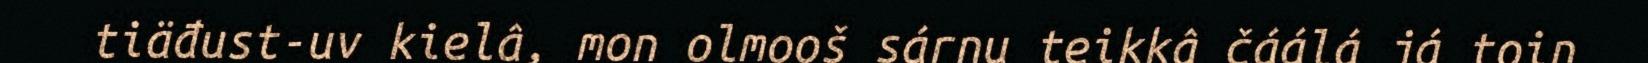
tiäđust-uv kielâ, mon olmooš sárnu teikkâ čáálá já toin